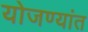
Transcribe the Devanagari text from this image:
योजण्यांत